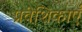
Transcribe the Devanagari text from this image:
प्रवेशिकाएँ